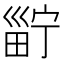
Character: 𤲑